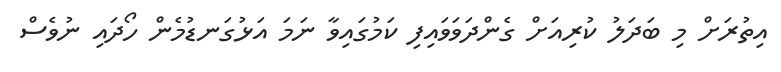
އިތުރަށް މި ބަދަލު ކުރިއަށް ގެންދަވަވައިފި ކަމުގައިވާ ނަމަ އަޅުގަނޑުމެން ހޯދައި ނުވެސް